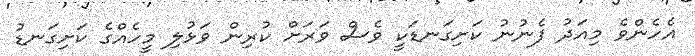
އެހެންވެ މިއަދު ފެނުނު ކަށިގަނޑަކީ ވެސް ވަރަށް ކުރިން ވަޅުލި މީހެއްގެ ކަށިގަނޑު